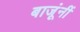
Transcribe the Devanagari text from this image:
बाजूंनीं